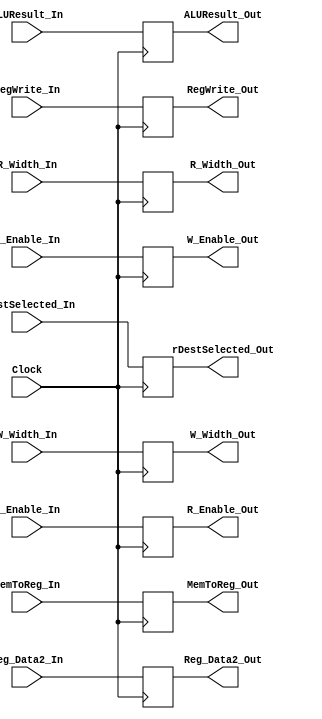
`timescale 1ns / 1ps
//////////////////////////////////////////////////////////////////////////////////
// Company: 
// Engineer: 
// 
// Design Name: 
// Module Name: ExecuteToMemory
// Project Name: 
// Target Devices: 
// Tool Versions: 
// Description: 
// 
// Dependencies: 
// 
// Revision:
// Revision 0.01 - File Created
// Additional Comments:
// 
//////////////////////////////////////////////////////////////////////////////////


module ExecuteToMemory(
Clock, 

// *****Inputs*****
// MEM/WB Control Signals
RegWrite_In, MemToReg_In, 
// EX/MEM Control Signals
R_Enable_In, W_Enable_In, R_Width_In, W_Width_In,
// EX/MEM Inputs
ALUResult_In, Reg_Data2_In, rDestSelected_In,

// *****Outputs*****
// MEM/WB Control Signals
RegWrite_Out, MemToReg_Out, 
// EX/MEM Control Signals
R_Enable_Out, W_Enable_Out, R_Width_Out, W_Width_Out,
// EX/MEM Outputs
ALUResult_Out, Reg_Data2_Out, rDestSelected_Out
);

input Clock;
input R_Enable_In, W_Enable_In, RegWrite_In, MemToReg_In;
input [31:0] ALUResult_In, Reg_Data2_In;
input [4:0] rDestSelected_In;
input [1:0] R_Width_In, W_Width_In;

output reg R_Enable_Out, W_Enable_Out, RegWrite_Out, MemToReg_Out;
output reg [31:0] ALUResult_Out;
output reg [31:0] Reg_Data2_Out;
output reg [4:0] rDestSelected_Out;
output reg [1:0] R_Width_Out, W_Width_Out;

always @ (posedge Clock) begin 
R_Enable_Out <= R_Enable_In;
W_Enable_Out <= W_Enable_In;
RegWrite_Out <= RegWrite_In;
MemToReg_Out <= MemToReg_In;
ALUResult_Out <= ALUResult_In;
Reg_Data2_Out <= Reg_Data2_In;
rDestSelected_Out <= rDestSelected_In;
R_Width_Out <= R_Width_In;
W_Width_Out <= W_Width_In;
end

endmodule